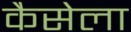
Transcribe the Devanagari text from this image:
कैसेला